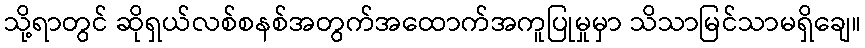
သို့ရာတွင် ဆိုရှယ်လစ်စနစ်အတွက်အထောက်အကူပြုမှုမှာ သိသာမြင်သာမရှိချေ။